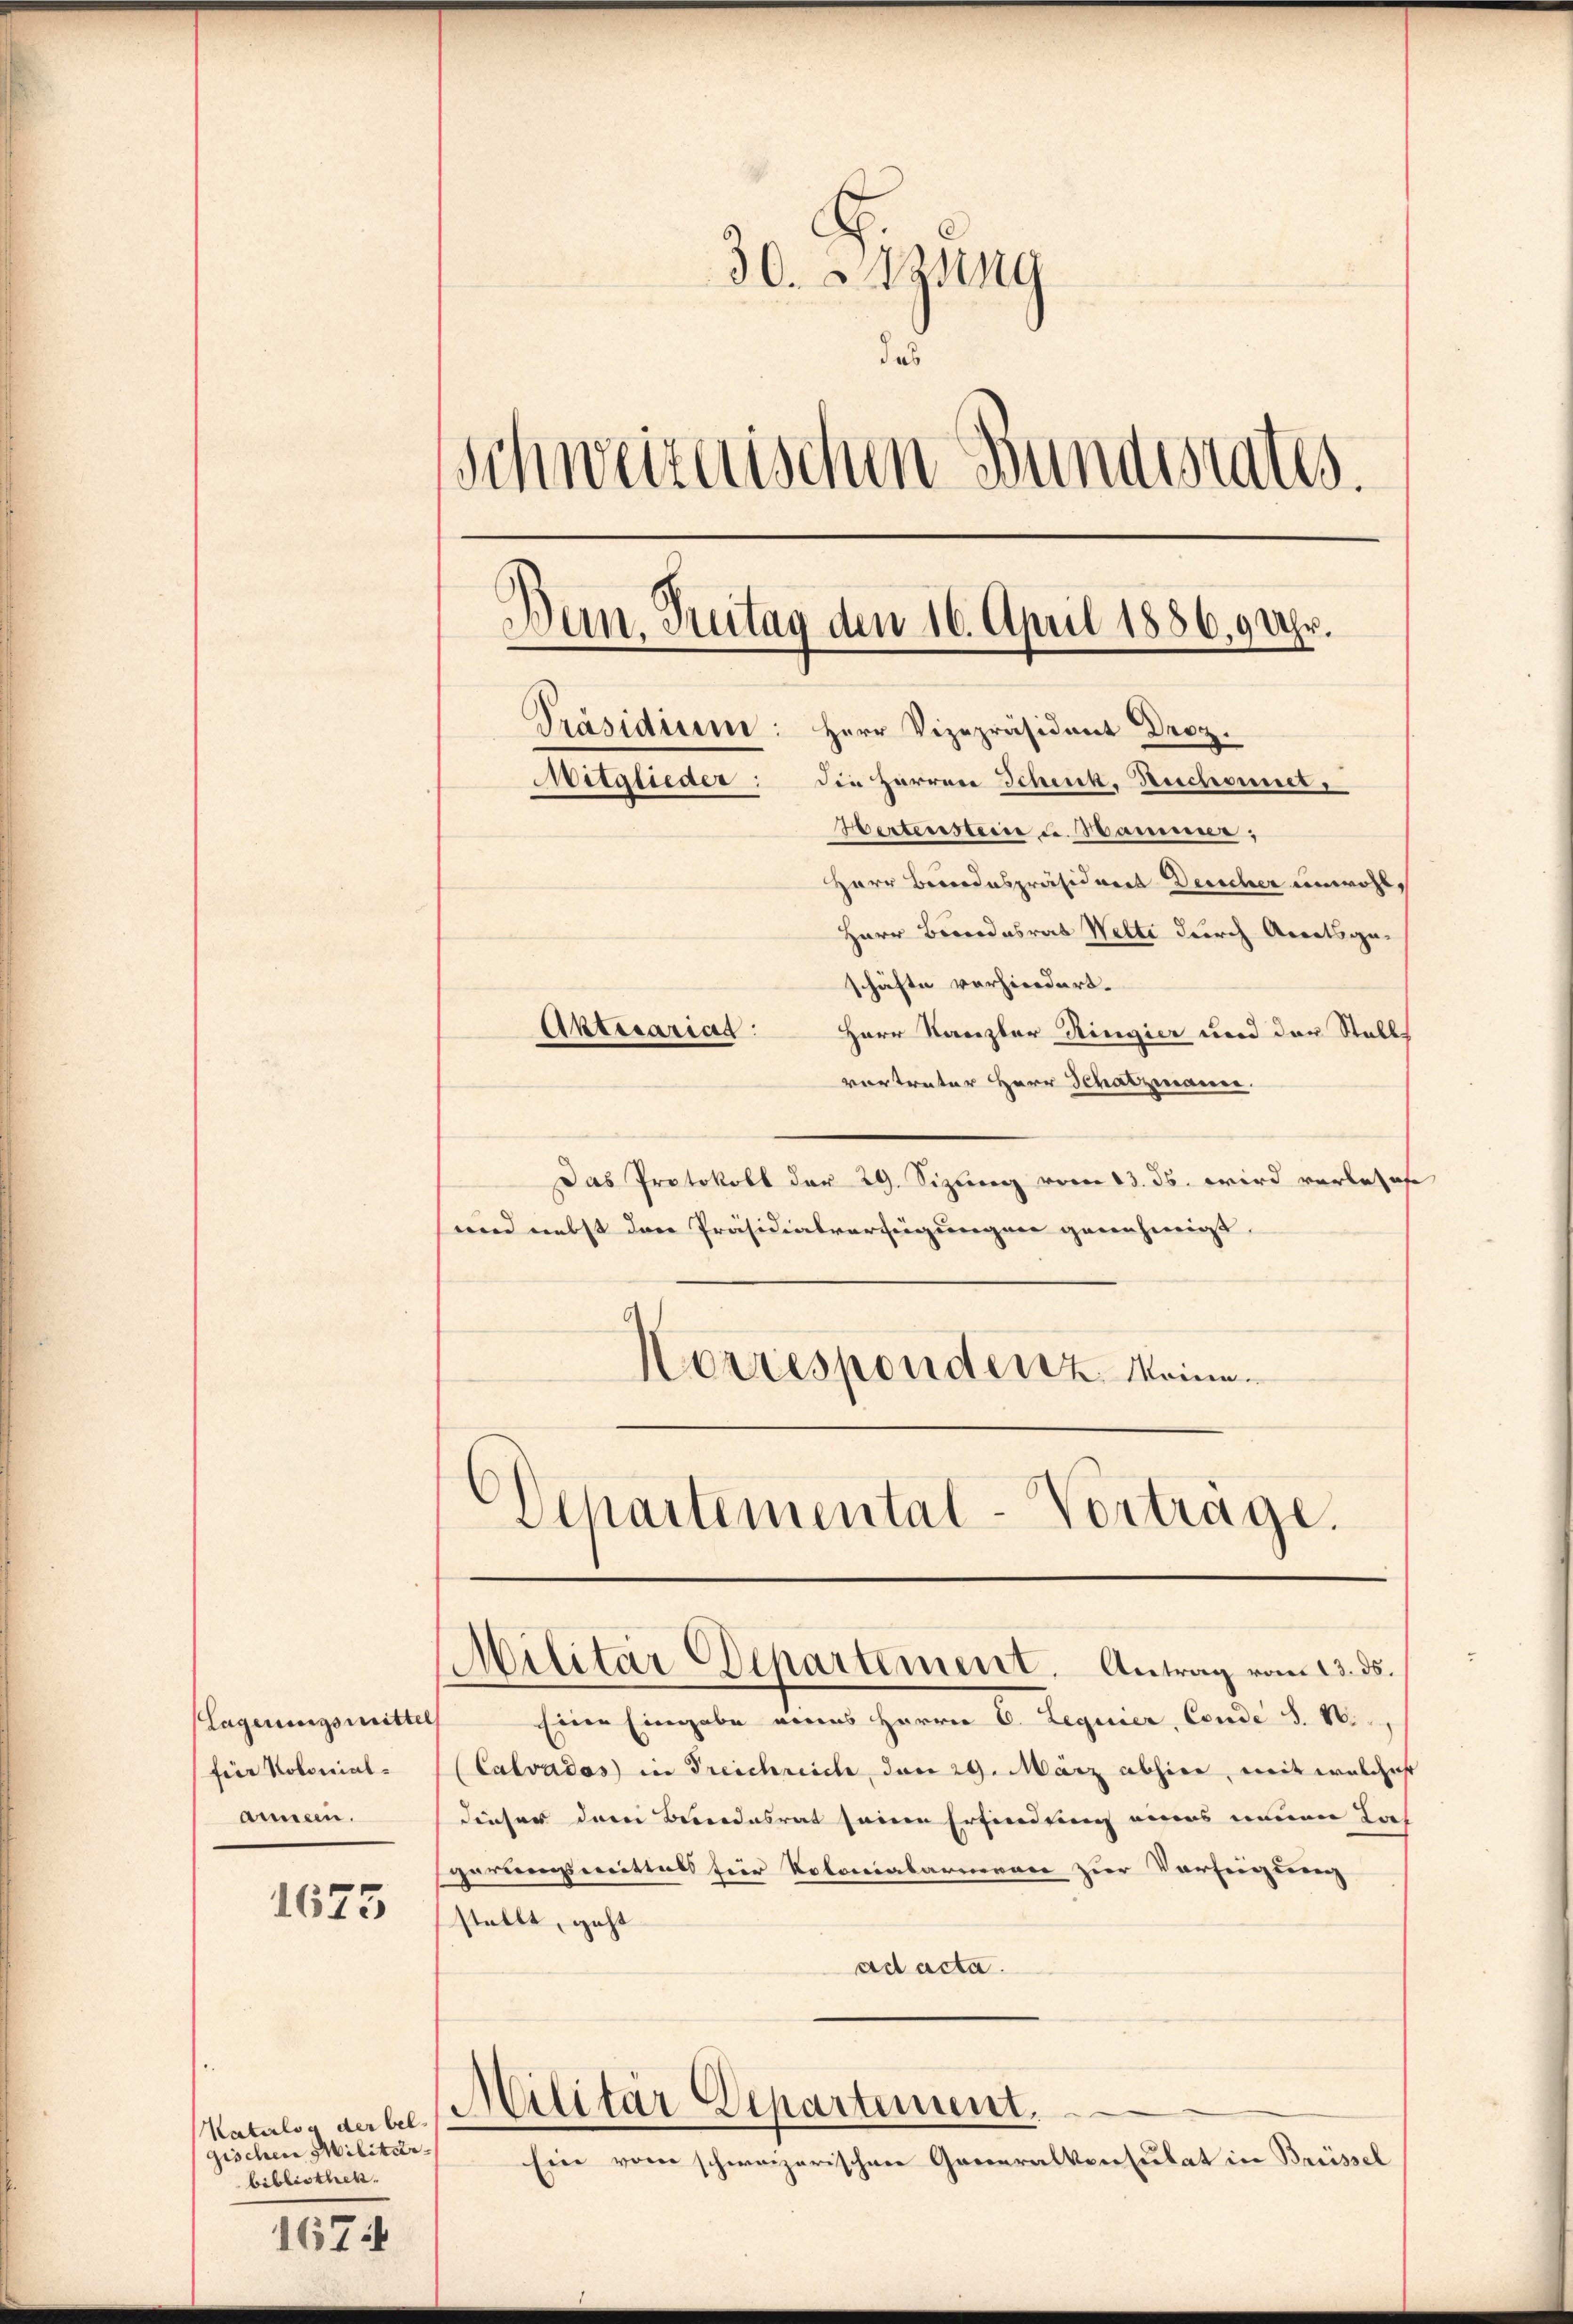
Lagerungsmittel
für Kolonial-
annern.

1675

Katalog der bel
gischen Militärbibliothek.

1674

30. Sitzung
de
Schweizerischen Bundesrates.
Dain. Antag den 16. April 1886, 9 Uhr.
Präsidium: Herr Vizepräsident Droz.
Mitglieder: die Harrer Schenk. Beschonner
Hertensteine u. Hammer;
Herr Beidespräsideret Deucher unwohl,
Herr Bundesrat Welti durch Arratsguschäfte vorhindert.
Aktesariat
Herr Kanzler Ringier und der Stalls

vortreter HHerr Schatzmanne.
Das Protokoll der 29. Sizung vom 13. ds. wird verlasse
und nebst den Präsidialverfügungen genehmigt.
Korrespondertz, Meine
Departemental-Vortrage.

Militar Departement. Antrag vom 13. ds.

Eine Eingabe eines Herrn C. Lequier, Conde S. 16.
(Calvados in Treichreich, den 29. März abhin, mit welches
dieser dem Bundesrat seine Erfindung eines neuen Las
parungsmittels für Polonialarmence zur Verfügung
stellt, geht
ad acta.
Militär Departement.
Ein vom schweizerischen Generalkonsulat in Brüssel